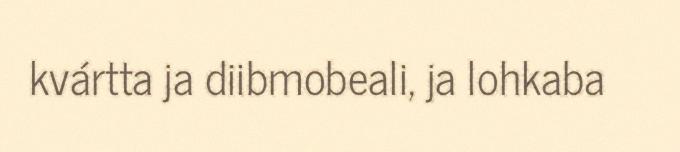
kvártta ja diibmobeali, ja lohkaba